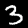
Label: 3